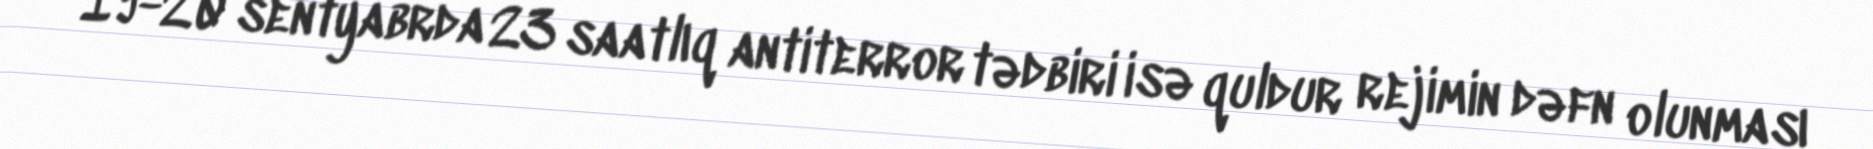
19-20 sentyabrda 23 saatlıq antiterror tədbiri isə quldur rejimin dəfn olunması